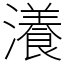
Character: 瀁